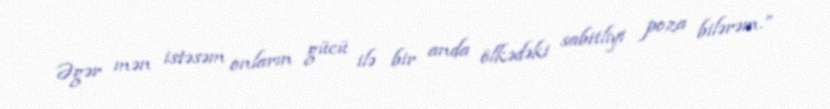
Əgər mən istəsəm onların gücü ilə bir anda ölkədəki sabitliyi poza bilərəm.”